Note on the mental hospitals in Burma - 1925-1940
Year: 1925
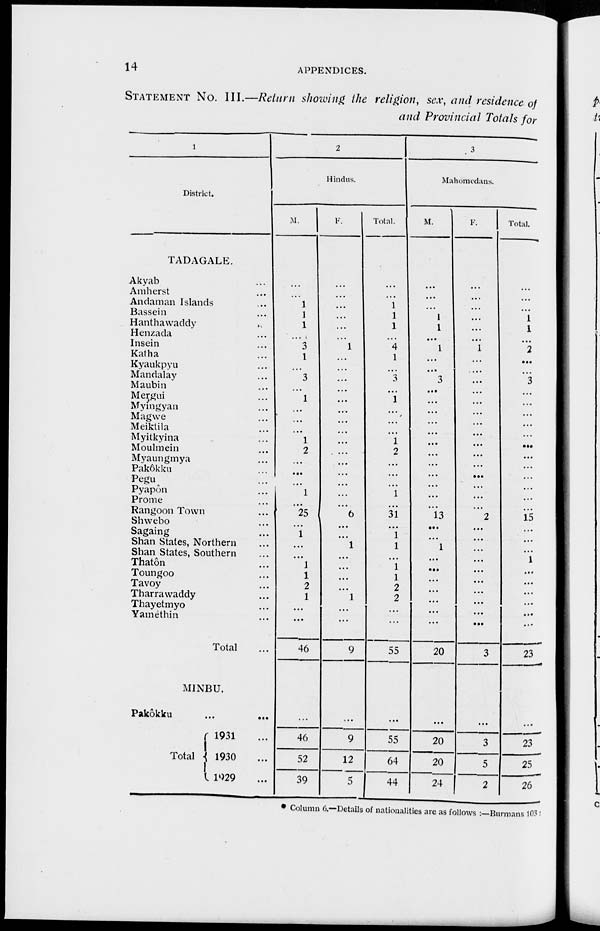
14
APPENDICES.
STATEMENT NO. III.—Return showing the religion, sex, and residence of
and Provincial Totals for
1
District.
TADAGALE.
Akyab ...
Amherst ...
Andaman Islands ...
Bassein ...
Hanthawaddy ...
Henzada ...
Insein ...
Katha ...
Kyaukpyu ...
Mandalay ...
Maubin ...
Mergui ...
Myingyan ...
Magwe ...
Meiktila ...
Myitkyina ...
Moulmein ...
Myaungmya ...
Pakôkku ...
Pegu ...
Pyapôn ...
Prome ...
Rangoon Town ...
Shwebo ...
Sagaing ...
Shan States, Northern ...
Shan States, Southern ...
Thatôn ...
Toungoo ...
Tavoy ...
Tharrawaddy ...
Thayetmyo ...
Yamèthin ...
Total ...
2
Hindus.
M.
...
...
1
1
1
...
3
1
...
3
...
1
...
...
...
1
2
...
...
...
1
...
25
...
1
...
...
1
1
2
1
...
...
46
F.
...
...
...
...
...
...
1
...
...
...
...
...
...
...
...
...
...
...
...
...
...
...
6
...
...
1
...
...
...
...
1
...
...
9
Total.
...
...
1
1
1
...
4
1
...
3
...
1
...
...
...
1
2
...
...
...
1
...
31
...
1
1
...
1
1
2
2
...
...
55
3
Mahomedans.
M.
...
...
...
1
1
...
1
...
...
3
...
...
...
...
...
...
...
...
...
...
...
...
13
...
...
1
...
...
...
...
...
...
...
20
F.
...
...
...
...
...
...
1
...
...
...
...
...
...
...
...
...
...
...
...
...
...
...
2
...
...
...
...
...
...
...
...
...
...
3
Total.
...
...
...
1
1
...
2
...
...
3
...
...
...
...
...
...
...
...
...
...
...
...
15
...
...
...
1
...
...
...
...
...
...
23
MINBU.
Pakôkku
...
...
Total
1931 ...
1930 ...
1929 ...
...
46
52
39
...
9
12
5
...
55
64
44
...
20
20
24
...
3
5
2
...
23
25
26
* Column 6.—Details of nationalities are as follows :—Burmans 103 :